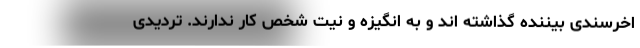
اخرسندی بیننده گذاشته اند و به انگیزه و نیت شخص کار ندارند. تردیدی